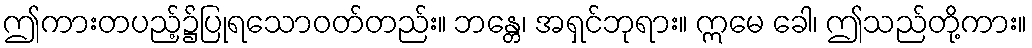
ဤကားတပည့်၌ပြုရသောဝတ်တည်း။ ဘန္တေ၊ အရှင်ဘုရား။ ဣမေ ခေါ၊ ဤသည်တို့ကား။